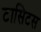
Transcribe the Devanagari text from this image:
टासिटस